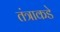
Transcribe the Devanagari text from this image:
तंत्राकडे